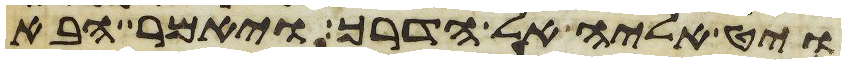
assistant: ויט אליה אל הדרך ויאמר הבא